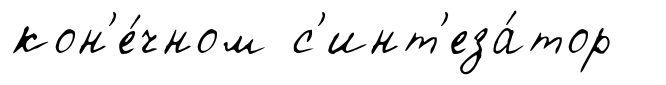
кон'е́чном с'инт'еза́тор